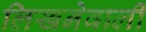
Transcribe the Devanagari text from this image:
लिखनेवाली